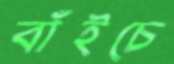
বাঁইচে